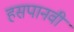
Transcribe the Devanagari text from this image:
हसपानवी